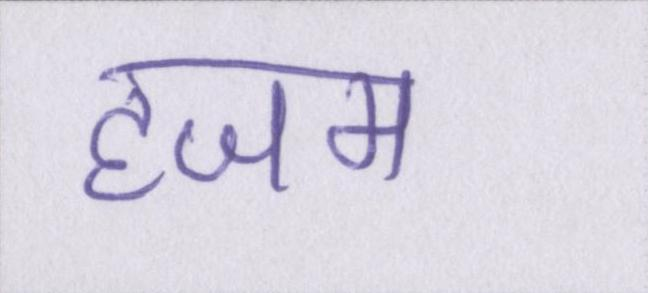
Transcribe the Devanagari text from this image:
हजम